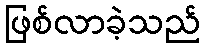
ဖြစ်လာခဲ့သည်